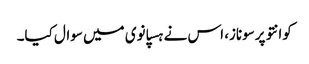
کوانتو پرسوناز، اس نے ہسپانوی میں سوال کیا۔